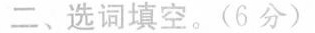
二、选词填空。(6分)